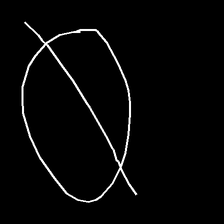
Glyph: orb